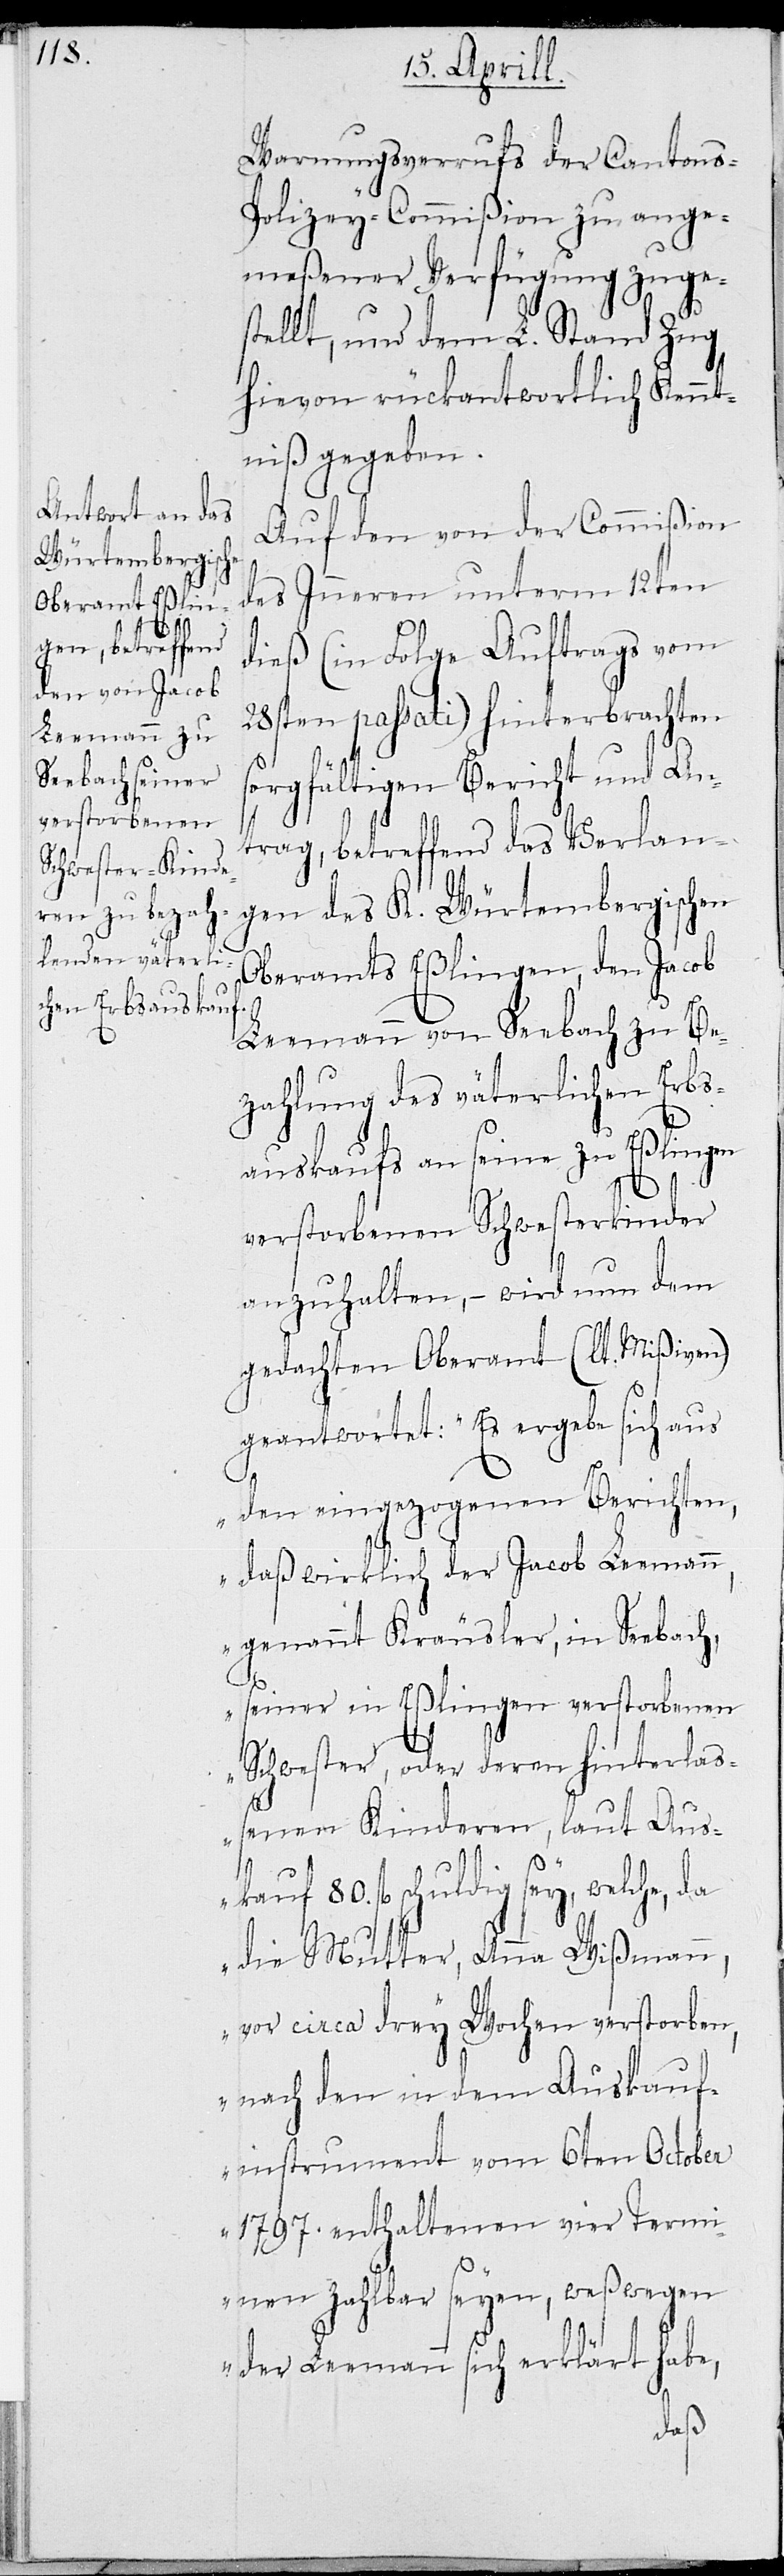
Warnungsverrufs der Cantons-P¬
olizey-Commißion zu ange¬
meßener Verfügung zusges¬
tellt, und dem L. Stand Zug
hievon rückantwortlich Kennt¬
niß gegeben.
Auf den von der Commißion
des Inneren unterm 12ten
dieß (in Folge Auftrags vom
28sten passati) hinterbrachten
sorgfältigen Bericht und An¬
trag, betreffend das Verlan¬
gen des K. Würtembergischen
Oberamts Eßlingen, den Jacob
Leemann von Seebach zu Be¬
zahlung des väterlichen Erbs¬
auskaufs an seine zu Eßlingen
verstorbenen Schwesterkinder
anzuhalten, wird nun dem
gedachten Oberamt (lt. Mißiven)
geantwortet: „ Es ergebe sich aus
den eingegangenen Berichten,
daß wirklich der Jacob Leemann,
genannt Kräusler, in Seebach,
seiner in Eßlingen verstorbenen
Schwester, oder deren hinterlaß¬
80.
enen Kinderen, laut Aus¬
fl schuldig sey, welche,
die Mutter, Anna Wißmann,
vor circa drey Wochen verstorben,
nach den in dem Auskauf¬
instrument vom 6ten October
1797 enthaltenen vier Termi¬
nen zahlbar seyen, weßwegen
der Leemann sich erklärt habe,